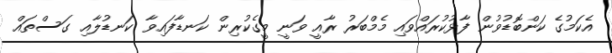
އެކަމުގެ ކަންބޮޑުވުން ފާޅުކުރައްވައި މެމްބަރު ރާއީ ވަނީ މީގެކުރިން ކަނޑާފައިވާ ކަނޑުލާއި ގަސްތައް